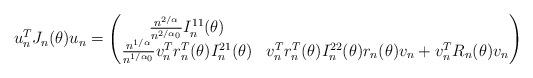
LaTeX: \begin{align*} u_n^T J_n(\theta) u_n = \begin{pmatrix}\frac{n^{2/ \alpha}}{n^{2/ \alpha_0}} I_n^{11}(\theta) & \\\frac{n^{1/ \alpha}}{n^{1/ \alpha_0}} v_n^T r_n^T(\theta) I_n^{21}(\theta)& v_n^T r_n^T(\theta) I_n^{22}(\theta) r_n(\theta) v_n + v_n^T R_n(\theta) v_n\end{pmatrix} \end{align*}